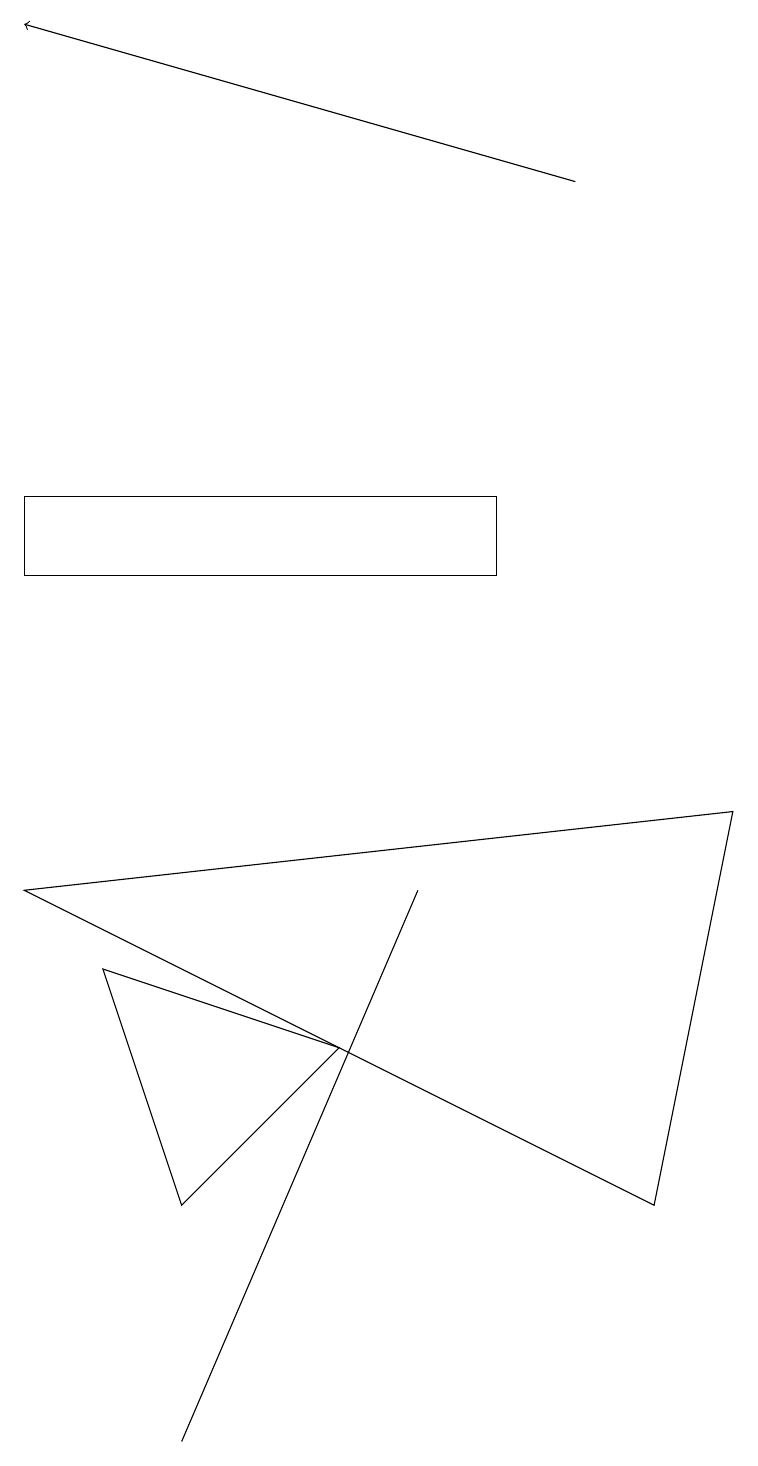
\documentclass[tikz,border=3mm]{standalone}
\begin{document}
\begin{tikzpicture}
\draw (6,12) rectangle (0,13);
\draw (8,4) -- (0,8) -- (9,9) -- cycle;
\draw (4,6) -- (2,4) -- (1,7) -- cycle;
\draw (5,8) -- (2,1) -- (2,1) -- cycle;
\draw[->] (7,17) -- (0,19);
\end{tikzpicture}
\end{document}